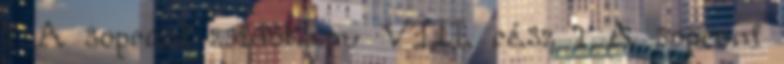
1 A soproni zsidókapu VIII. rész 1 A soproni